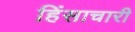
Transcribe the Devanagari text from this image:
हिंसाचारी